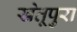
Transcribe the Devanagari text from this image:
खेतूपुरा